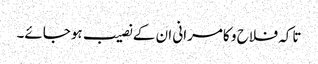
تاکہ فلاح و کامرانی ان کے نصیب ہوجائے۔